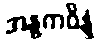
အန္ဓကဝိန္ဒံ